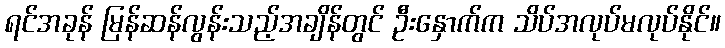
ရင်အခုန် မြန်ဆန်လွန်းသည့်အချိန်တွင် ဦးနှောက်က သိပ်အလုပ်မလုပ်နိုင်။